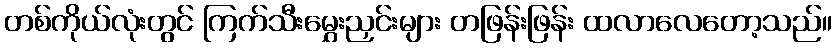
တစ်ကိုယ်လုံးတွင် ကြက်သီးမွှေးညှင်းများ တဖြန်းဖြန်း ထလာလေတော့သည်။